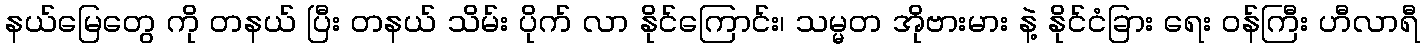
နယ်မြေတွေ ကို တနယ် ပြီး တနယ် သိမ်း ပိုက် လာ နိုင်ကြောင်း၊ သမ္မတ အိုဗားမား နဲ့ နိုင်ငံခြား ရေး ဝန်ကြီး ဟီလာရီ